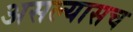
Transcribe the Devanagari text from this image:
असल्यासच